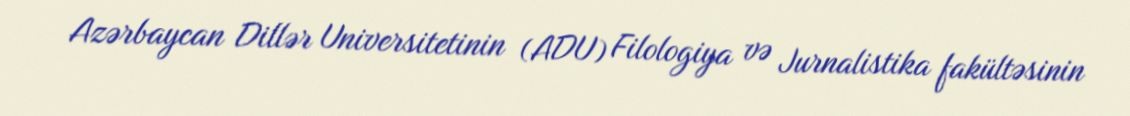
Azərbaycan Dillər Universitetinin (ADU) Filologiya və Jurnalistika fakültəsinin